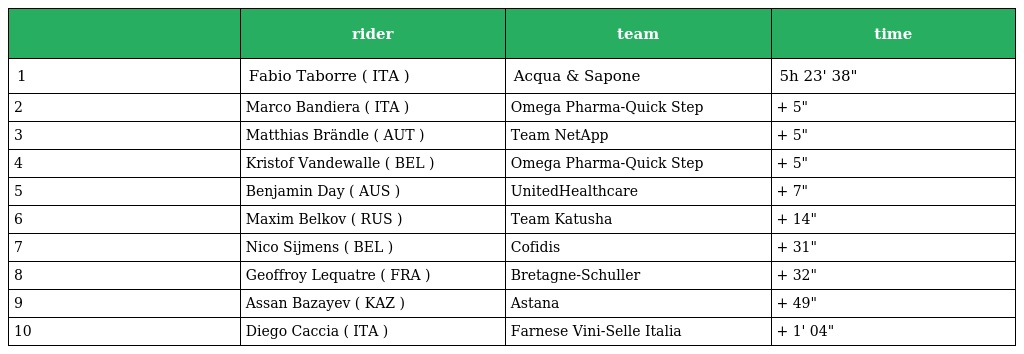
|  | rider | team | time |
 | --- | --- | --- | --- |
 | 1 | Fabio Taborre ( ITA ) | Acqua & Sapone | 5h 23' 38" |
 | 2 | Marco Bandiera ( ITA ) | Omega Pharma-Quick Step | + 5" |
 | 3 | Matthias Brändle ( AUT ) | Team NetApp | + 5" |
 | 4 | Kristof Vandewalle ( BEL ) | Omega Pharma-Quick Step | + 5" |
 | 5 | Benjamin Day ( AUS ) | UnitedHealthcare | + 7" |
 | 6 | Maxim Belkov ( RUS ) | Team Katusha | + 14" |
 | 7 | Nico Sijmens ( BEL ) | Cofidis | + 31" |
 | 8 | Geoffroy Lequatre ( FRA ) | Bretagne-Schuller | + 32" |
 | 9 | Assan Bazayev ( KAZ ) | Astana | + 49" |
 | 10 | Diego Caccia ( ITA ) | Farnese Vini-Selle Italia | + 1' 04" |